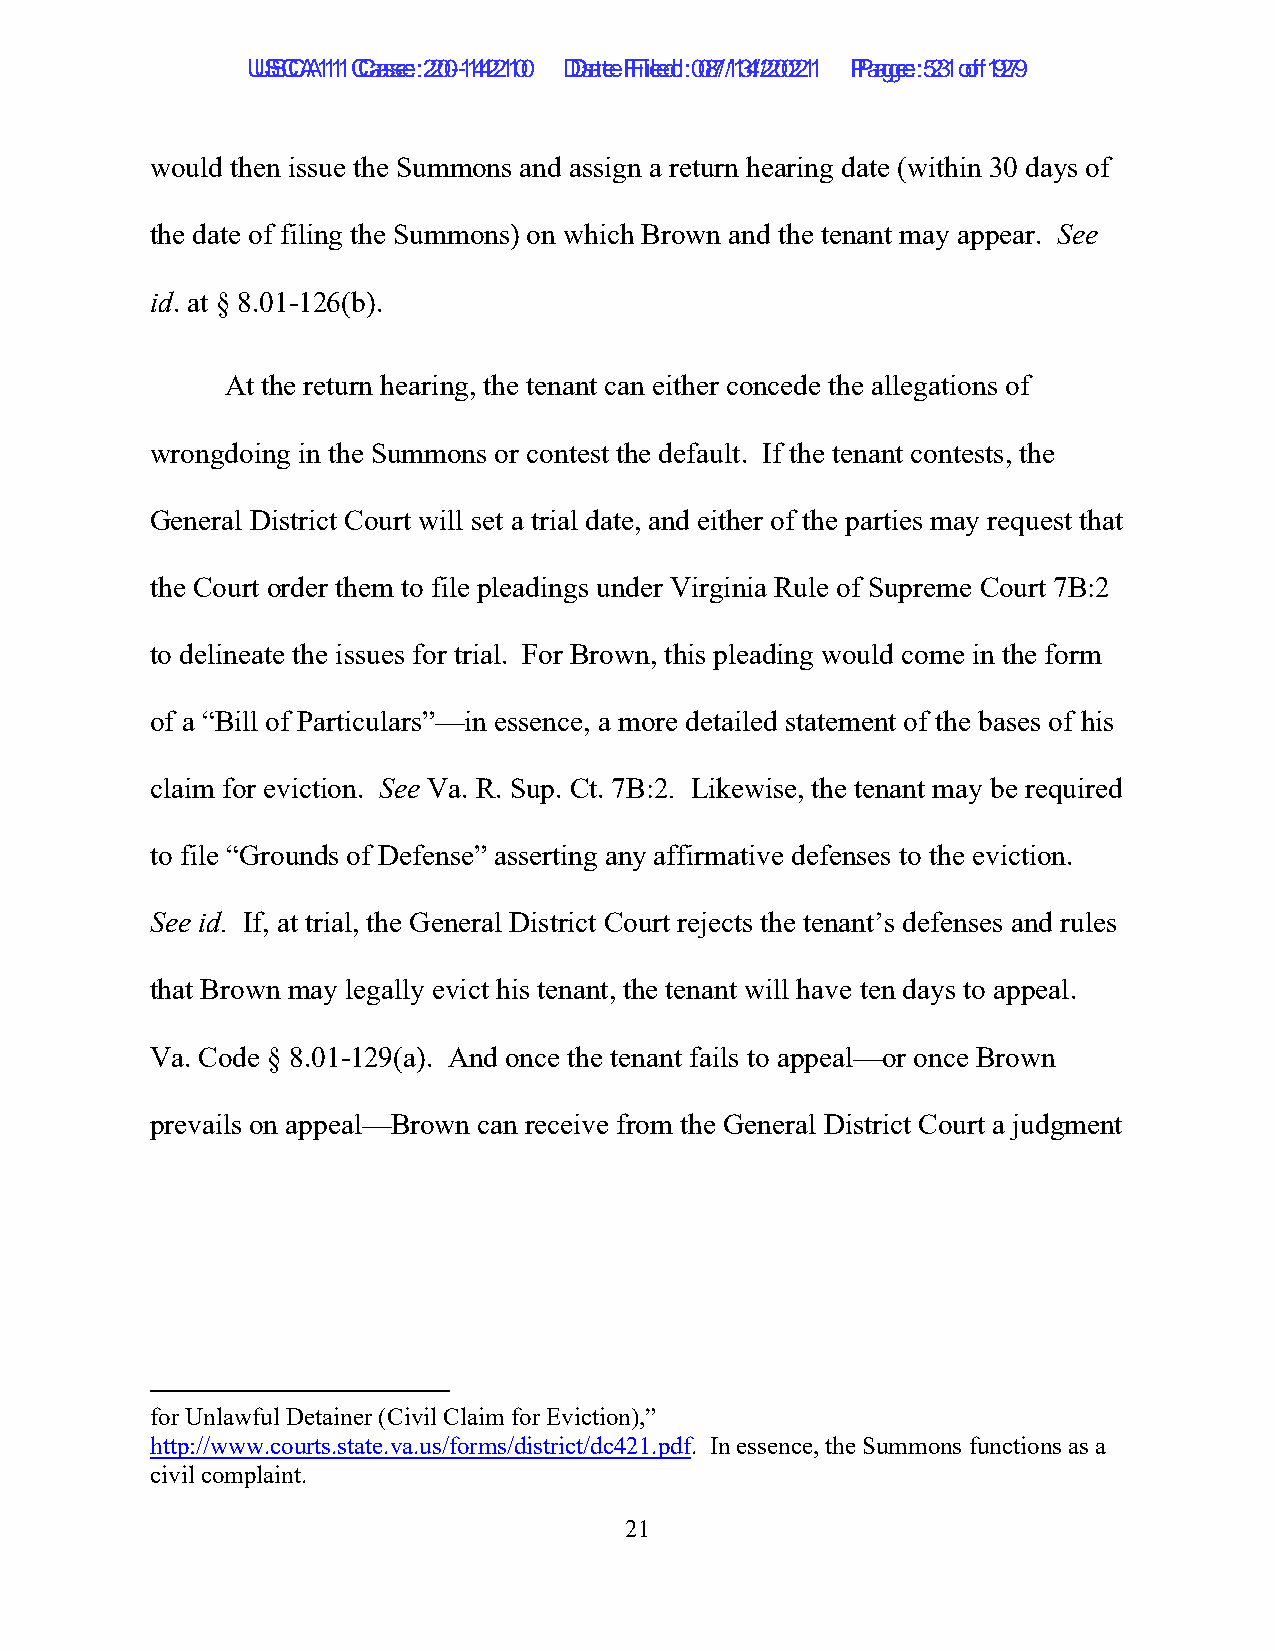
UUSSCCAA1111 C Caassee: :2 200--1144221100 D Daatete F Filieledd: :0 087/1/134/2/2002211 P Paaggee: :5 231 o of f1 9279
 would then issue the Summons and assign a return hearing date (within 30 days of
 the date of filing the Summons) on which Brown and the tenant may appear. See
 id. at § 8.01-126(b).
 At the return hearing, the tenant can either concede the allegations of
 wrongdoing in the Summons or contest the default. If the tenant contests, the
 General District Court will set a trial date, and either of the parties may request that
 the Court order them to file pleadings under Virginia Rule of Supreme Court 7B:2
 to delineate the issues for trial. For Brown, this pleading would come in the form
 of a “Bill of Particulars”—in essence, a more detailed statement of the bases of his
 claim for eviction. See Va. R. Sup. Ct. 7B:2. Likewise, the tenant may be required
 to file “Grounds of Defense” asserting any affirmative defenses to the eviction.
 See id. If, at trial, the General District Court rejects the tenant’s defenses and rules
 that Brown may legally evict his tenant, the tenant will have ten days to appeal.
 Va. Code § 8.01-129(a). And once the tenant fails to appeal—or once Brown
 prevails on appeal—Brown can receive from the General District Court a judgment
 for Unlawful Detainer (Civil Claim for Eviction),”
 http://www.courts.state.va.us/forms/district/dc421.pdf. In essence, the Summons functions as a
 civil complaint.
 21